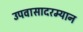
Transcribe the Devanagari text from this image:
उपवासादरम्यान